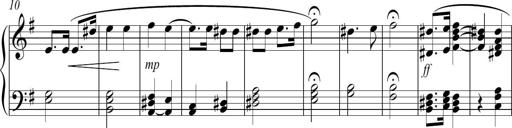
Title: Sonatina no. 2
Composer: Brian Henderson-Sellers
Key: G major